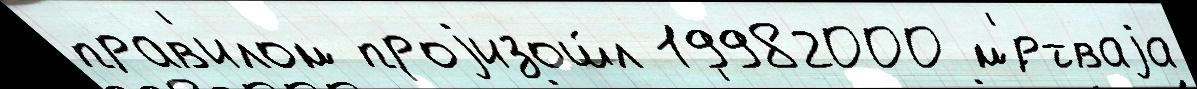
прав'илом проjизош́л 19982000 м'́ртваjа